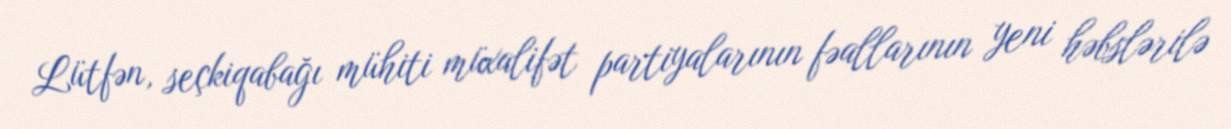
Lütfən, seçkiqabağı mühiti müxalifət partiyalarının fəallarının yeni həbslərilə